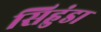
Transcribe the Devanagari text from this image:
सिहुंडा